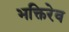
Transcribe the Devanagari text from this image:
भक्तिरेव